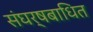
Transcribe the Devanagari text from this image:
संघर्षबाधित